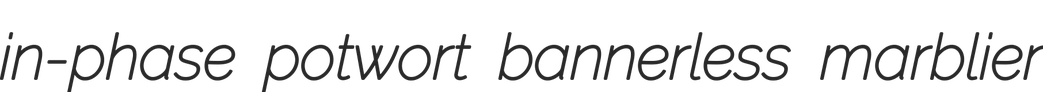
in-phase potwort bannerless marblier